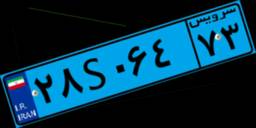
۷۰S۲۷۸۳۸